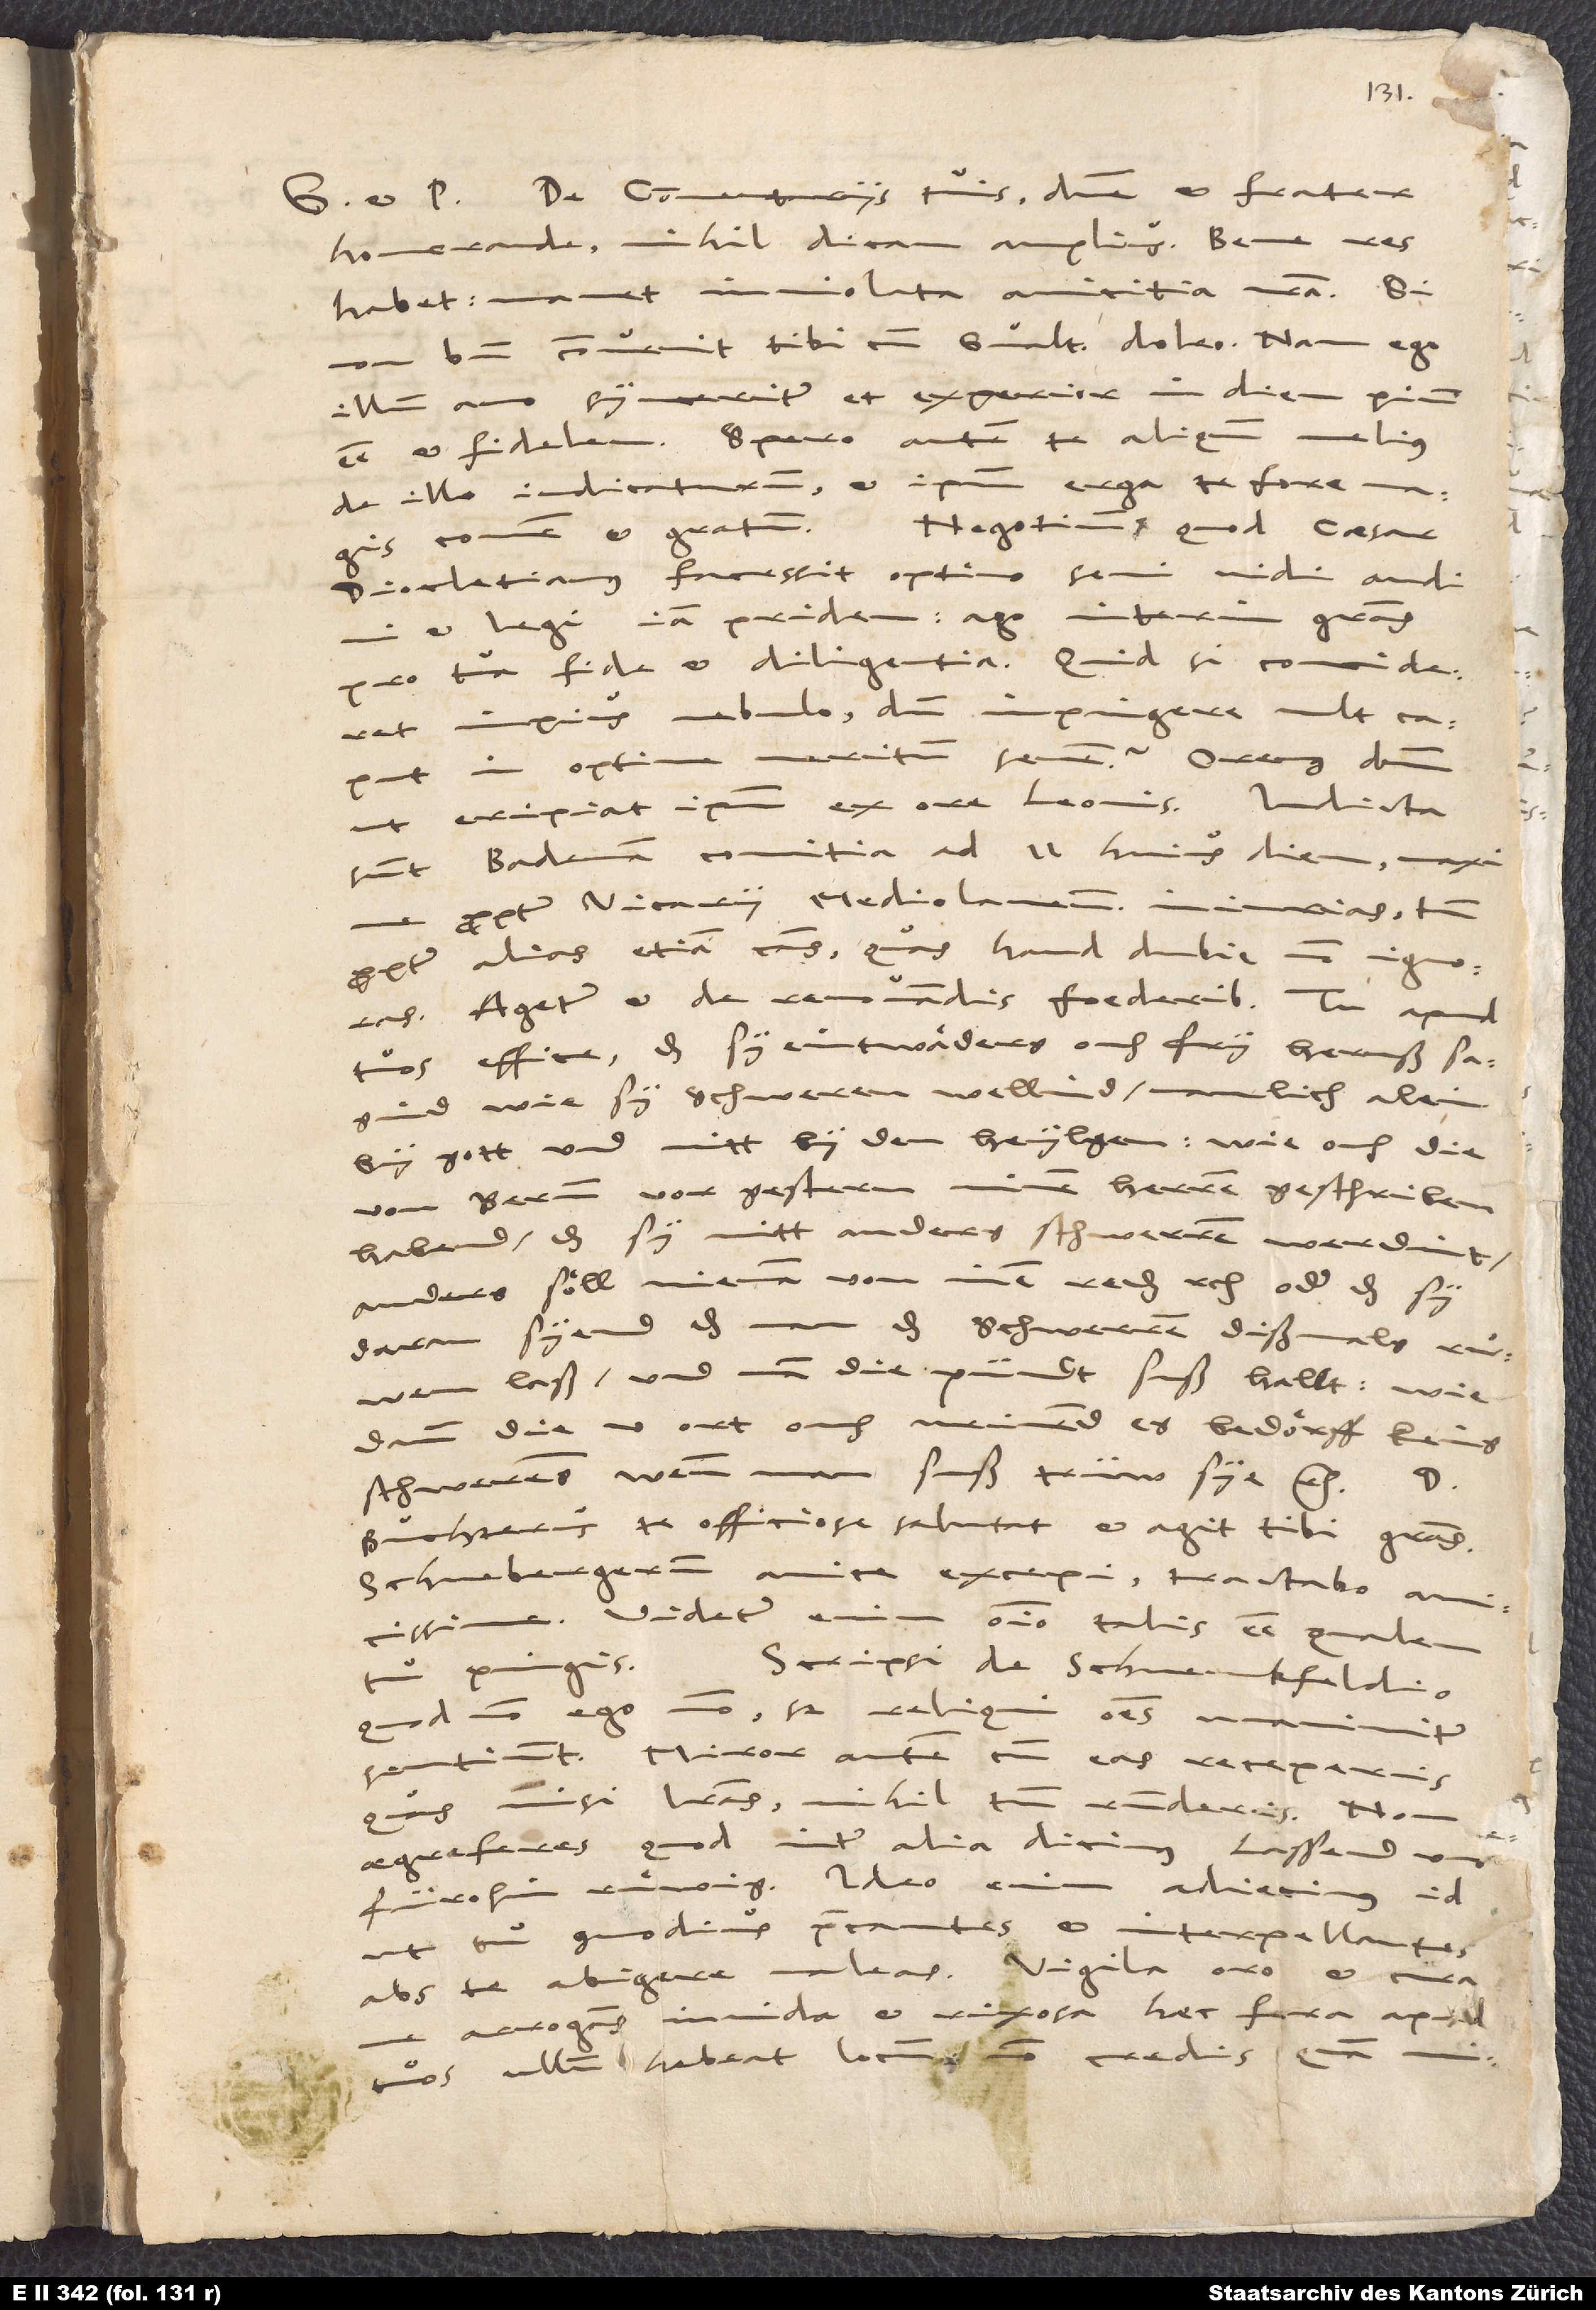
De commentariis tuis, domine et frater
honorande, nihil dicam amplius. Bene res
habet. Manet inviolata amicitia nostra. Si
non bene convenit tibi cum Gvalthero, doleo; nam ego
illum amo synceriter et experior in diem pium
esse et fidelem. Spero autem te aliquando melius
de illo iudicaturum et ipsum erga te fore magis
Diocletianus facessit optimo seni, vidi, audivi
et legi iam pridem. Ago interim gratias
pro tua fide et diligentia. Quid, si concideret
impius nebulo, dum impingere vult caput
in optime meritum senem? Oremus dominum,
ut eripiat ipsum ex ore leonis.
sunt Badenam comitia ad 11. huius diem, maxime
propter vicarii Mediolanensis iniurias, tum
propter alias etiam causas, quas haud dubie non ignoras.
Agetur et de renovandis foederibus. Tu apud
tuos effice, das sy eintwaͤders ouch fry heruß sagind,
wie sy schweren wellind, namlich alein
by gott und nitt by den heylgen, wie ouch die
von Bernn vorgestern minen herren geschriben
habend, das sy nitt anders schwerren werdint
(anders soͤll nieman von inen reden, etc.), oder das sy
daran syend, das man das schwerren dißmals ruͦwen
laß und man die pündt suß hallt, wie
dann die 5 ort ouch meinend, es bedoͤrff keins
schwerens, wenn man suß trüw sye, etc.
Buchterus te officiose salutat et agit tibi gratias.
Schnebergerum amice excepi. Tractabo amicissime;
videtur enim omnino talis esse, qualem
pingis.
Scripsi de Schwenkfeldio,
quod non ego modo, sed reliqui omnes unanimiter
sentiunt. Miror autem, cum eas receperis,
quas misi literas, nihil tamen responderis. Non
aegre feres, quod inter alia dicimus: „Lassend uns
fürohin ruͤwig.“ Ideo enim adiecimus id,
ut tu commodius precantes et interpellantes
abs te abigere valeas. Vigila, oro, et cura,
arrogans, invida et rixosa haec fera apud
tuos ullum habeat locum! Non credis, quam